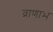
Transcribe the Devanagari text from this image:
व्राणाभ